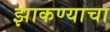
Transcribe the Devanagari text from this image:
झाकण्याचा